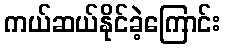
ကယ်ဆယ်နိုင်ခဲ့ကြောင်း